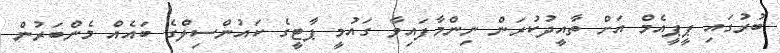
ބުރުގައި ޕީޕީއެމް އަށް ތާއީދުކުރަން ނިންމާފައިވާ ގައުމީ ޕާޓީގެ ކައުންސިލްގެ ބައެއް މެންބަރުން